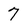
Character: 7